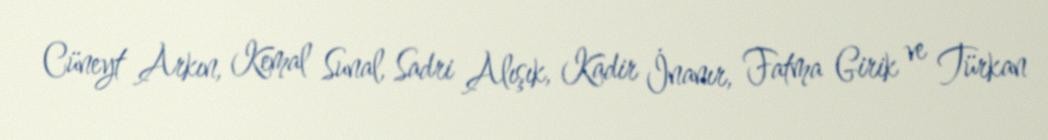
Cüneyt Arkın, Kemal Sunal, Sadri Alışık, Kadir İnanır, Fatma Girik ve Türkan